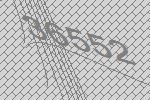
36552